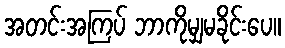
အတင်းအကြပ် ဘာကိုမျှမခိုင်းပေ။